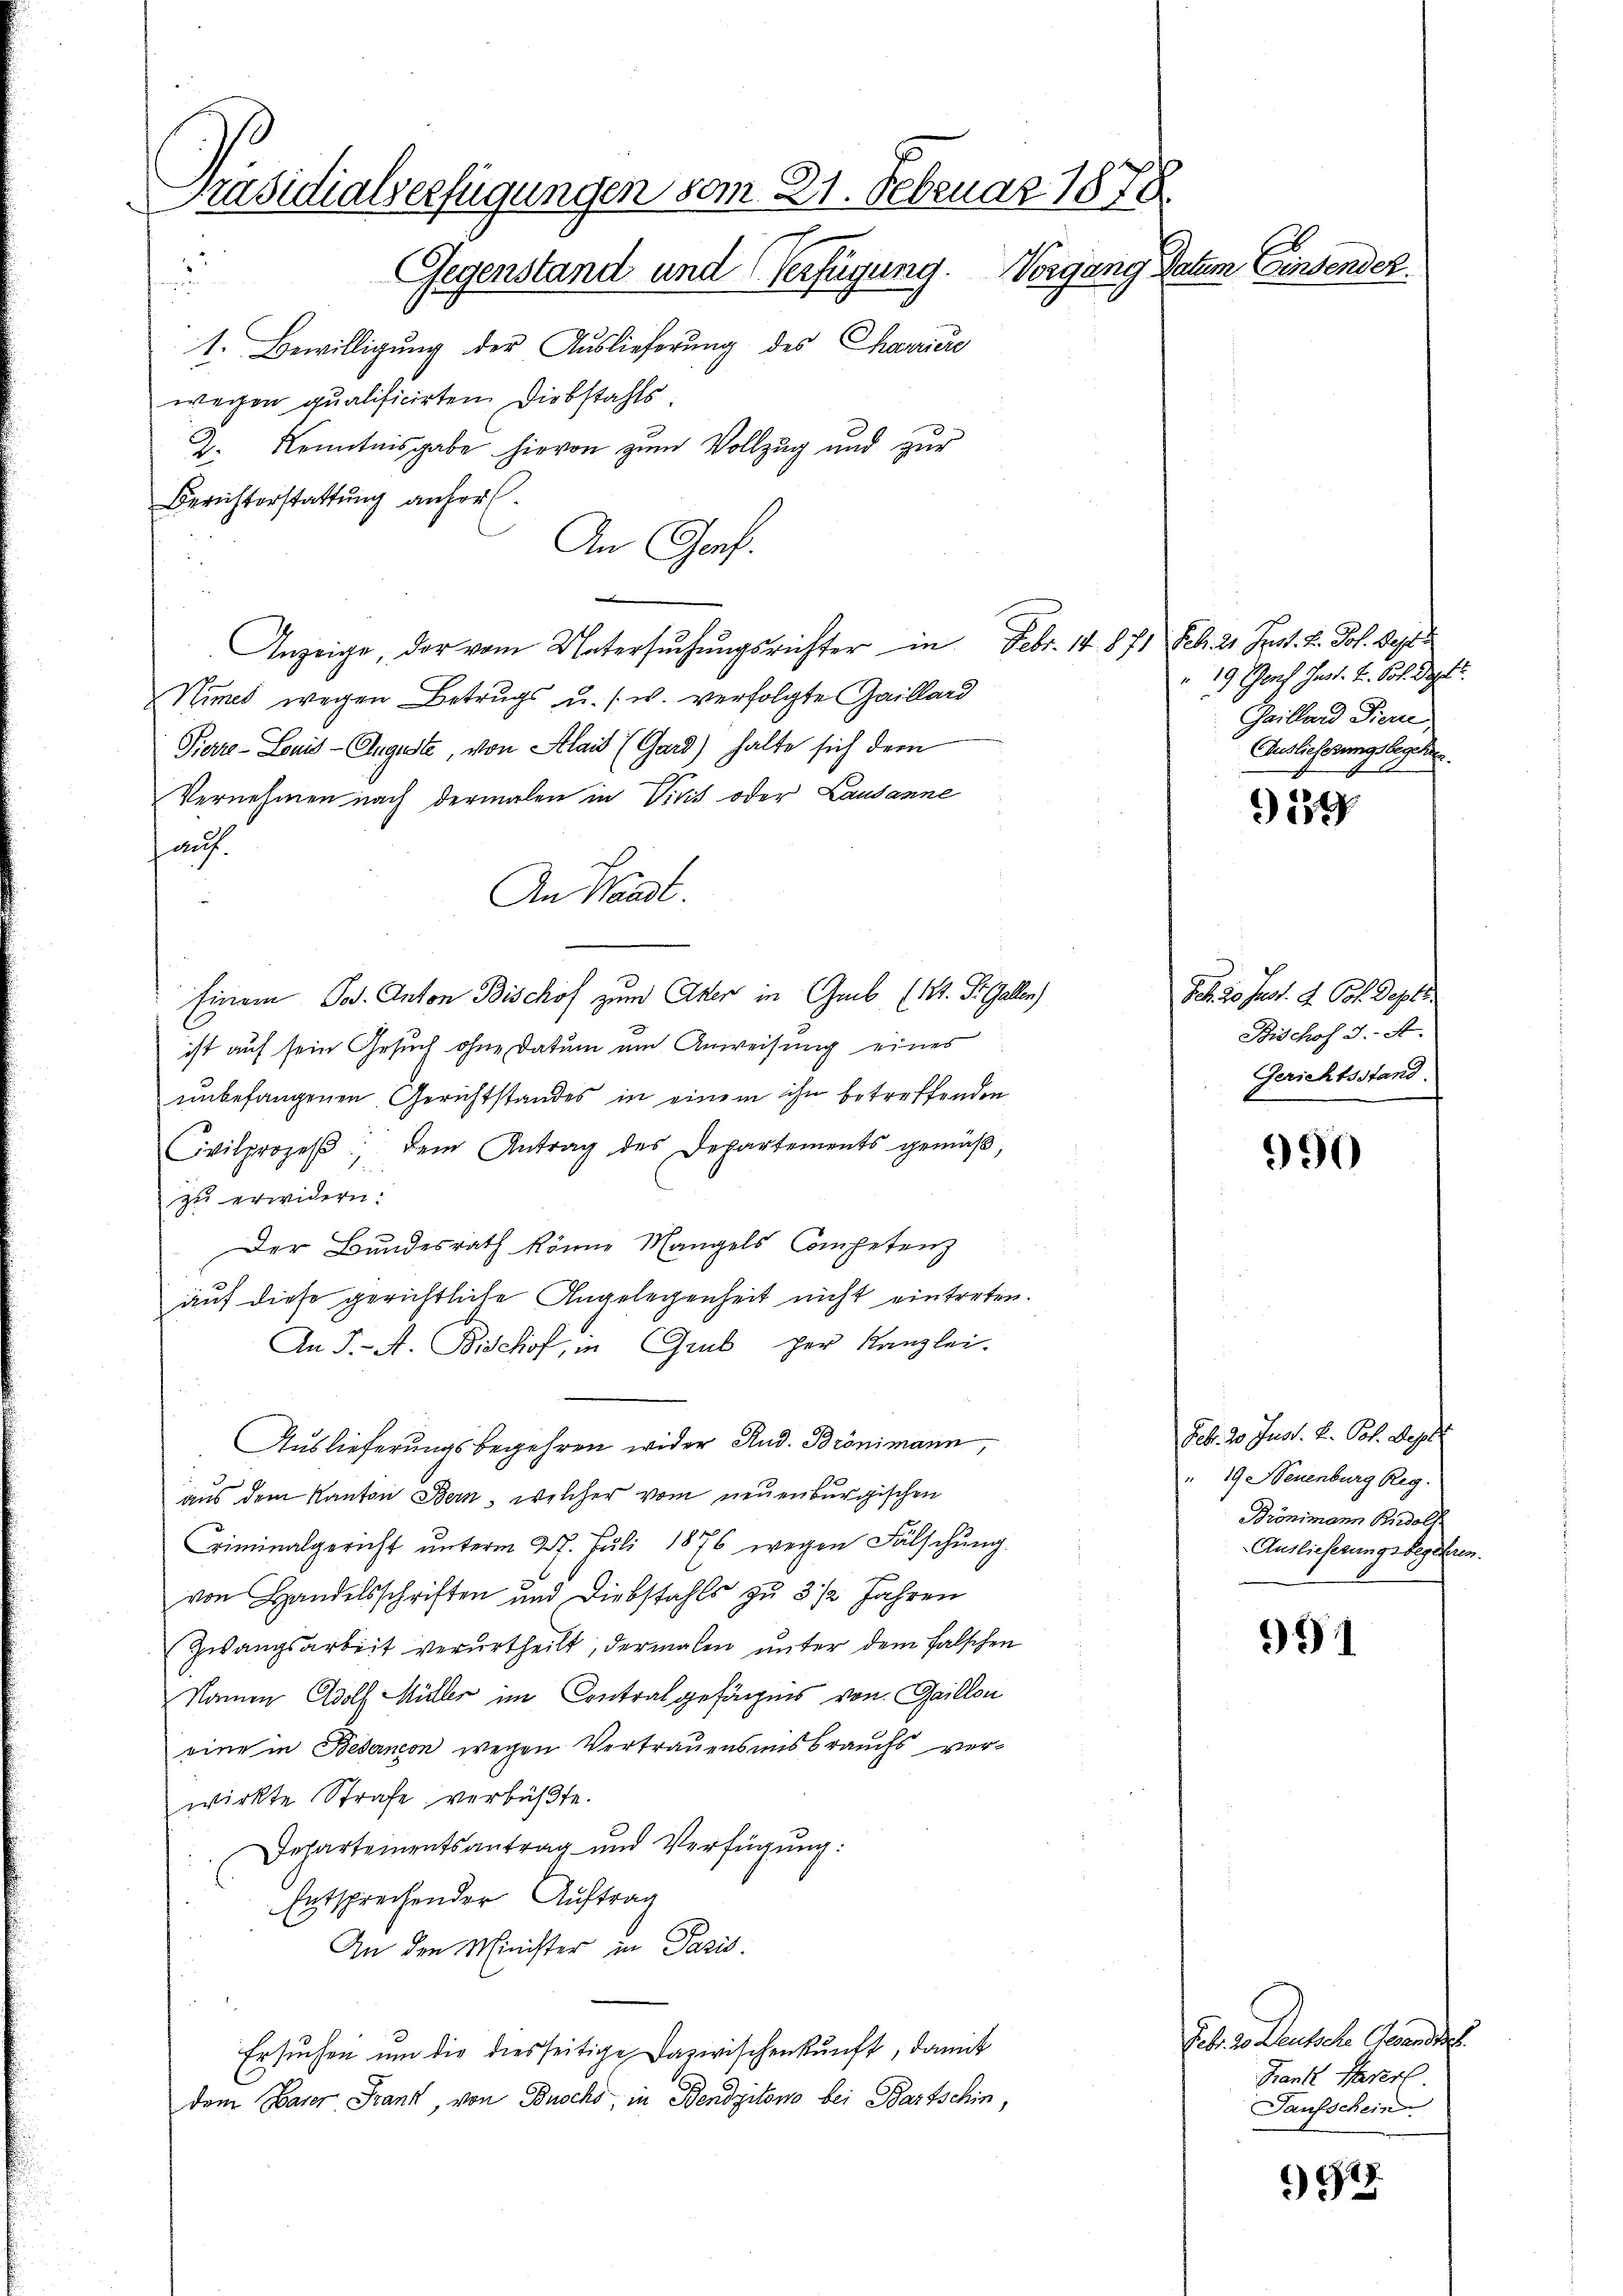
Präsidialverfügungen vom 21. Februar 1878.
Gegenstand und Verfügung. Vorgang Datum Einsender
.
¬
1. Bewilligung der Auslieferung des Charriere
wegen qualificirten Diebstahls
2. Kenntnisgabe hievon zum Vollzug und zur
Berichterstattung anher

An Genf.
e
Anzeige, der vom Untersuchungsrichter in Febr. 14. 871
Nimet wegen Betrugs u. s. w. verfolgte Gaillard
Pierre-Louis-Angeste, von Klais (Gard) halte sich dem
h
Vernehmen nach dermalen in Visit oder Lausanne
fauf.
An Waadt.
Einem Tod. Anton Bischof zum Akten in Greb (M. Dr. Gallen)
ist auf sein Gesuch ohne Datum um Anweisung eines
unbefangenen Gerichtstandes in einem ihn betreffenden
Civilprozeβ, dem Antrag des Departements gemäß,
zu erwidern.
Der Bundesrath könne Mangels Competenz
auf diese gerichtliche Angelegenheit nicht eintreten.
An J. A. Bischof, in Grub per Kanzlei-
Auslieferungsbegehren wider Rud. Brönimann,
3
aus dem Kanton Bern, welcher vom neuenburgischen
Criminalgericht ŭnterm 27. Juli 1876 wegen Fälschŭng
von Handelsschriften und Diebstahls zu 3 1/2 Jahren
Zwangsarbeit verurtheilt, dermalen ŭnter dem falschen
Namen Adolf Müller im Contralgefägnis von Gaillon
eine in Bedancon wegen Vertrauensins brauchs verwirkte Strafe verbüßte.
Departementsantrag und Verfügung:
Entsprechender Auftrag
An den Minister in Paris.
Ersuchen um die diesseitige Dazwischenkunft, damit
dem Baurer Frank, von Busche, in Bendgitono bei Bartschin,

Feb. 21. Just. 2. Joh. Best
 19. Genf Gust. v. Pot. Deptt.
Gaillard Tiere,
Auslieferungsbegehen.

189

Sch 20 Just. d. Pot. Deptt.
Bischof I. A.
Gerichtsstand.

990

Febr. 20 Just. v. Pot. Depe
 19 Neuenburg Reg
Brönimann Rudolf
Auslieferungsbegehren

991

Feb. 2. Deutsche Grande
Frante Parer
Taufschein

917.